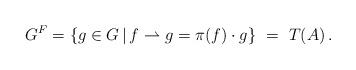
LaTeX: \begin{align*}G^F=\{g\in G\,|\,f\rightharpoonup g=\pi(f)\cdot g\}\ =\ T(A)\,.\end{align*}